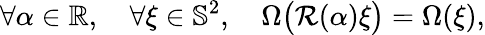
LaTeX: \forall\alpha\in\mathbb{R},\quad\forall\xi\in\mathbb{S}^{2},\quad\Omega\big(\mathcal{R}(\alpha)\xi\big)=\Omega(\xi),